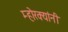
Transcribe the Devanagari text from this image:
म्होरक्‍यांनी